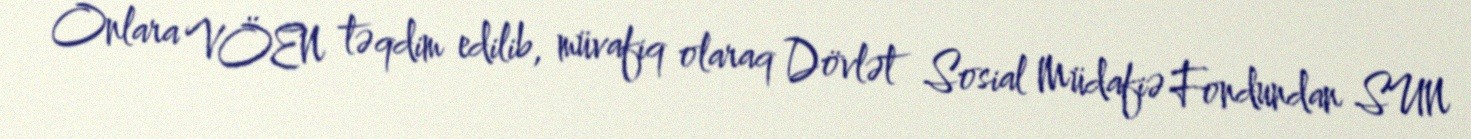
Onlara VÖEN təqdim edilib, müvafiq olaraq Dövlət Sosial Müdafiə Fondundan SUN